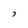
Character: 7